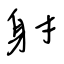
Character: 射